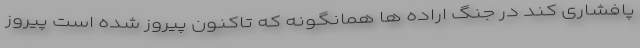
پافشاری کند در جنگ اراده ها همانگونه که تاکنون پیروز شده است پیروز